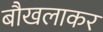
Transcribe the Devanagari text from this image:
बौखलाकर